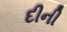
દીની